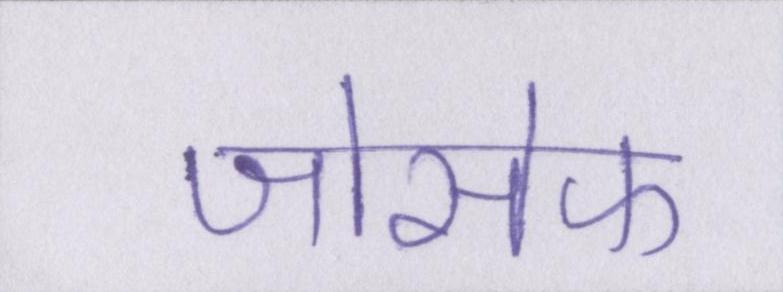
जोसेफ